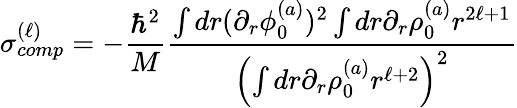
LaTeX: \sigma_{comp}^{(\ell)}=-\frac{\hbar^{2}}{M}\frac{\int dr(\partial_{r}\phi_{0}^{(a)})^{2}\int dr\partial_{r}\rho_{0}^{(a)}r^{2\ell+1}}{\left(\int dr\partial_{r}\rho_{0}^{(a)}r^{\ell+2}\right)^{2}}